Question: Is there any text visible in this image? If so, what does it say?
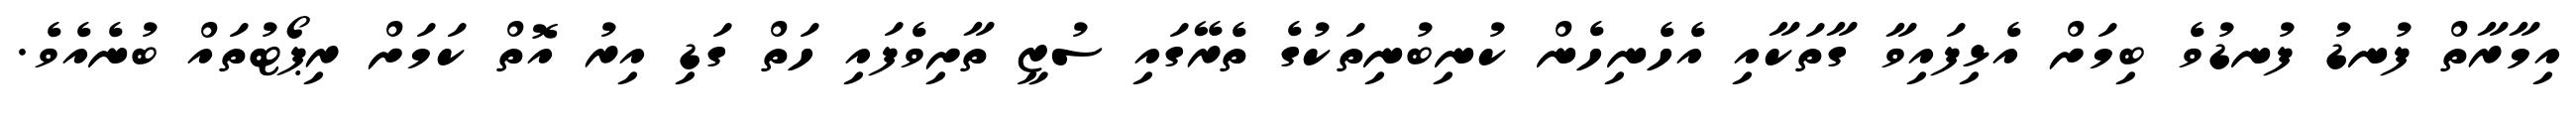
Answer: އިމާރާތް ފުނޑު ފުނޑުވެ ބިމަށް އެޅިފައިވާ ގާތަކާއި އެހެނިހެން ކުނިބުނިތަކުގެ ތެރޭގައި ސުޒީ ތާށިވެފައި ހަތް ގަޑި އިރު އޮތް ކަމަށް ރިޕޯޓުތައް ބުނެއެވެ.